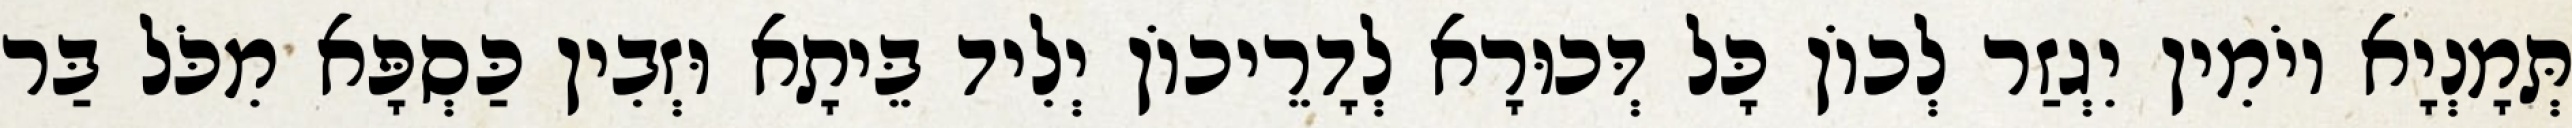
תְּמָנְיָא יוֹמִין יִגְזַר לְכוֹן כָּל דְּכוּרָא לְדָרֵיכוֹן יְלִיד בֵּיתָא וּזְבִין כַּסְפָּא מִכֹּל בַּר